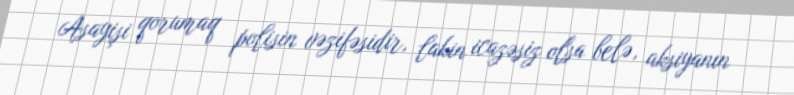
Asayişi qorumaq polisin vəzifəsidir, lakin icazəsiz olsa belə, aksiyanın